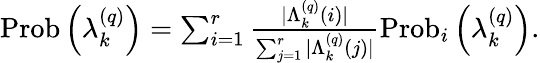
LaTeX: \begin{array}{r}{\operatorname{Prob}\left(\lambda_{k}^{\left(q\right)}\right)=\sum_{i=1}^{r}\frac{\vert\Lambda_{k}^{\left(q\right)}\left(i\right)\vert}{\sum_{j=1}^{r}\vert\Lambda_{k}^{\left(q\right)}\left(j\right)\vert}\operatorname{Prob}_{i}\left(\lambda_{k}^{\left(q\right)}\right).}\end{array}